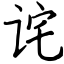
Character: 诧